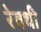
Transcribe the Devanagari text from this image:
रेवथी